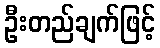
ဦးတည်ချက်ဖြင့်